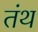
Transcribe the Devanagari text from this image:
तंथ